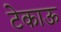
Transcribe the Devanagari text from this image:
टेकाऊ